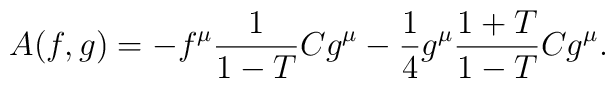
A(f,g)=-f^\mu\frac{1}{1-T}Cg^\mu-\frac{1}{4}g^\mu\frac{1+T}{1-T}Cg^\mu.